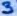
Text: 3